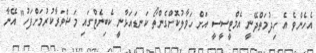
އެހެންވެ އެ ހިދުމަތްދޭނީ އެމްޓީސީސީ އަށް ހަވާލުކޮށްގެންތޯ ކަނޑައަޅާނީ ކެބިނެޓްގައި މަޝްވަރާކުރުމަށްފަހު" އޭނާ